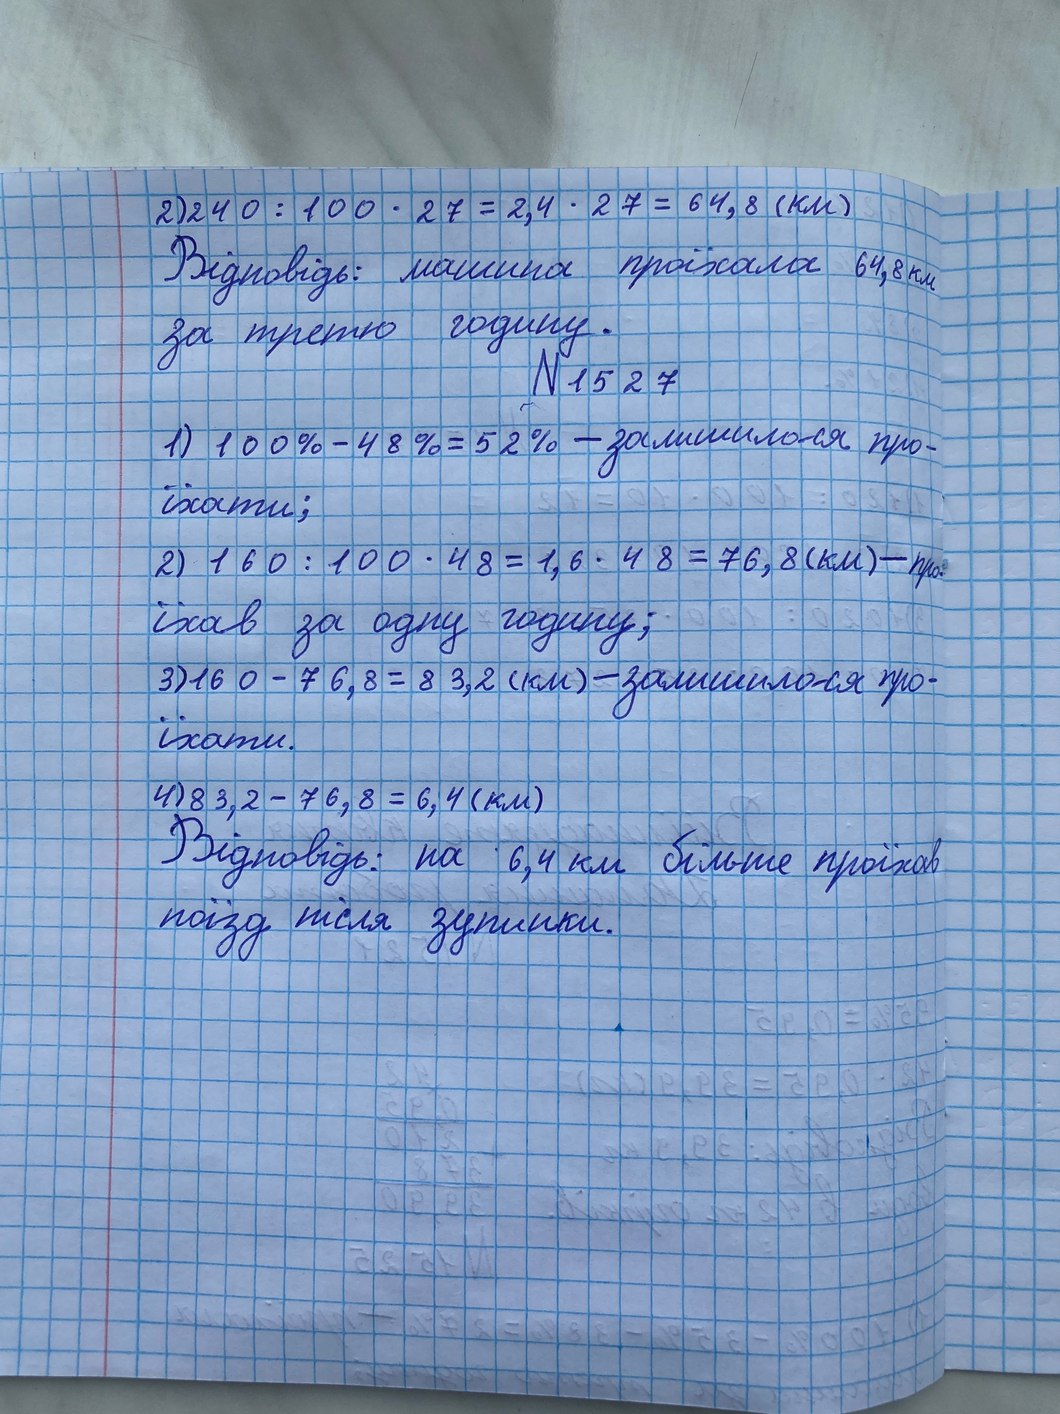
2)  \frac{240}{100} * 27 = 2,4 * 27 = 64,8 (km)
Відповідь: машина проїхала 64,8 км
за третю годину.
№ 1527
1) 100% - 48% = 52% - залишилося про-
їхати;
2)  \frac{160}{100} * 48 = 1,6 * 48 = 76,8 (км) - про-
їхав за одну годину;
3) 160 - 76,8 = 83,2 (км) - залишилося про-
їхати.
4) 83,2 - 76,8 = 6,4 (км)
Відповідь: на 6,4 км більше проїхав
поїзд після зупинки.